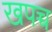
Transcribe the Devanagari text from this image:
खपच्च